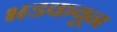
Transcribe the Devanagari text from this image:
भडकवून